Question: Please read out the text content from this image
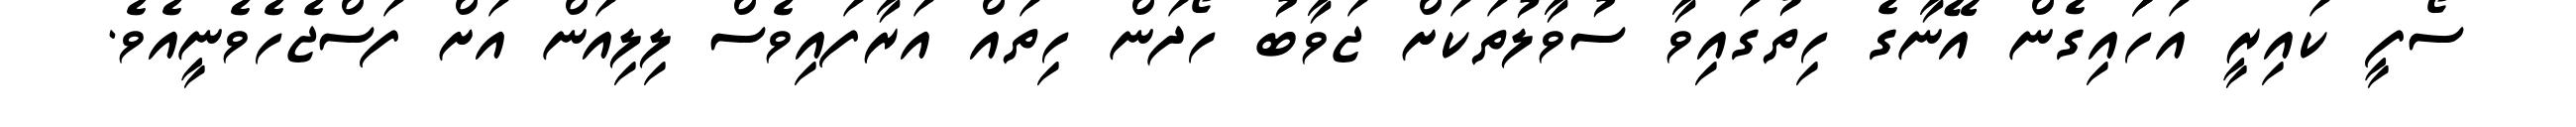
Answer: ސޯފީ ކައިރީ އަހަައިގެން އޭނާގެ ހިތުގައިވާ ސުވާލުތަކަށް ޖަވާބު ހޯދަން ހިތައް އަރާފައިވެސް ލިލިއަން އަށް ފަސްޖެހެވެނީއެވެ.